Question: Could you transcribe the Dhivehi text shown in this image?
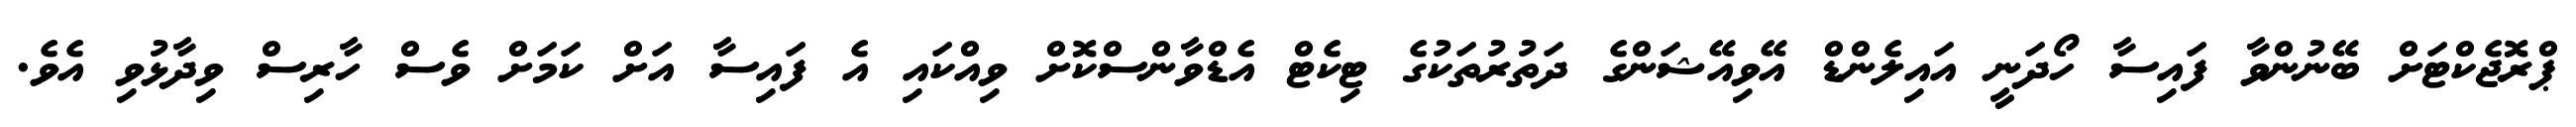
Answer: ޕްރޮޖެކްޓަށް ބޭނުންވާ ފައިސާ ހޯދަނީ އައިލެންޑް އޭވިއޭޝަންގެ ދަތުރުތަކުގެ ޓިކެޓް އެޑްވާންސްކޮށް ވިއްކައި އެ ފައިސާ އަށް ކަމަށް ވެސް ހާރިސް ވިދާޅުވި އެވެ.